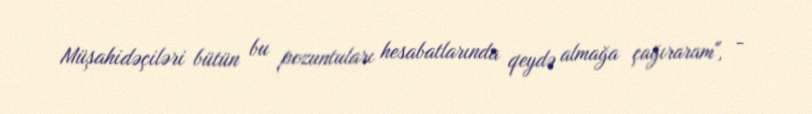
Müşahidəçiləri bütün bu pozuntuları hesabatlarında qeydə almağa çağıraram", -